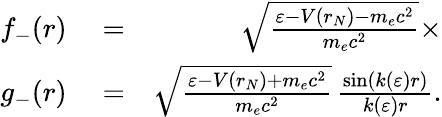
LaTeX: \begin{array}{rlr}{f_{-}(r)}&{{}=}&{\sqrt{\frac{\varepsilon-V(r_{N})-m_{e}c^{2}}{m_{e}c^{2}}}\times}\\ {g_{-}(r)}&{{}=}&{\sqrt{\frac{\varepsilon-V(r_{N})+m_{e}c^{2}}{m_{e}c^{2}}}\, \frac{\sin(k(\varepsilon)r)}{k(\varepsilon)r}.}\end{array}